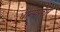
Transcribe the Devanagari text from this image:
धान्यप्रकार